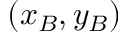
( x _ { B } , y _ { B } )